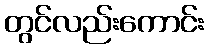
တွင်လည်းကောင်း